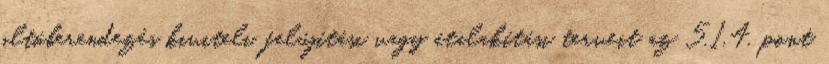
oltóberendezés kiviteli, felújítási vagy átalakítási terveit az 5.1.4. pont